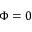
\Phi = 0